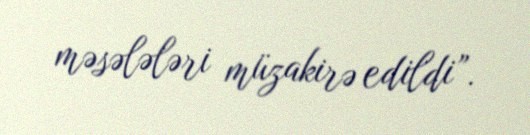
məsələləri müzakirə edildi”.